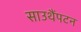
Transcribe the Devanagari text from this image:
साउथैंपटन